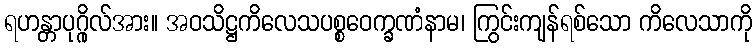
ရဟန္တာပုဂ္ဂိုလ်အား။ အဝသိဋ္ဌကိလေသပစ္စဝေက္ခဏံနာမ၊ ကြွင်းကျန်ရစ်သော ကိလေသာကို